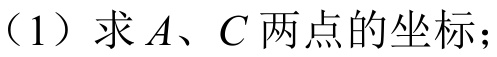
（1）求\(A\)、\(C\)两点的坐标；